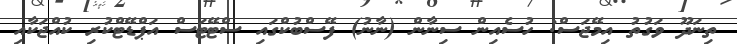
ތިނަދޫ ވަގުތު އިމޭޖަސް: ހުސެއިން ސިނާން (ނާނު) ފޭސްބުކްގައި ސްޓޭޓަސް އަޕްޑޭޓްކުރި ކުއްޖަކާއި